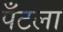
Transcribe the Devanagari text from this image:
पँटला